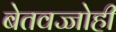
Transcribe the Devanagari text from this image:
बेतवज्जोही